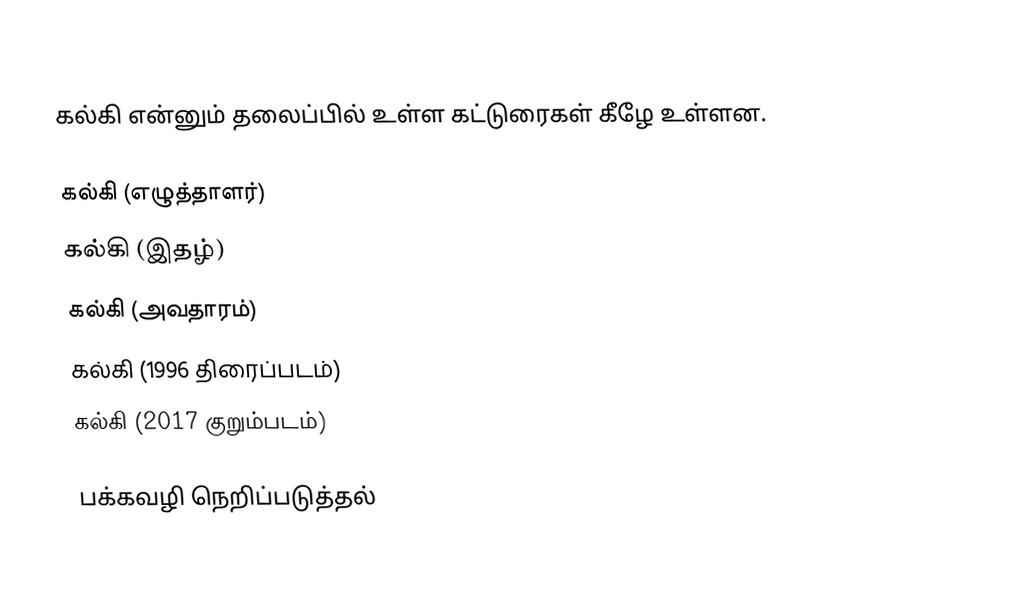
கல்கி என்னும் தலைப்பில் உள்ள கட்டுரைகள் கீழே உள்ளன.

கல்கி (எழுத்தாளர்)
கல்கி (இதழ்)
கல்கி (அவதாரம்)
கல்கி (1996 திரைப்படம்)
கல்கி (2017 குறும்படம்)

பக்கவழி நெறிப்படுத்தல்